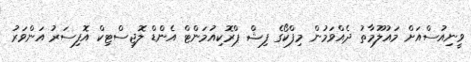
ވީނިއުސްއަށް މައުލޫމާތު ދެއްވަމުން މިފްކޯގެ ފިޝް ޕްރޮކިއުމަންޓް އެންޑް ލޮޖިސްޓިކް އޮފިސަރު އަންވަރު